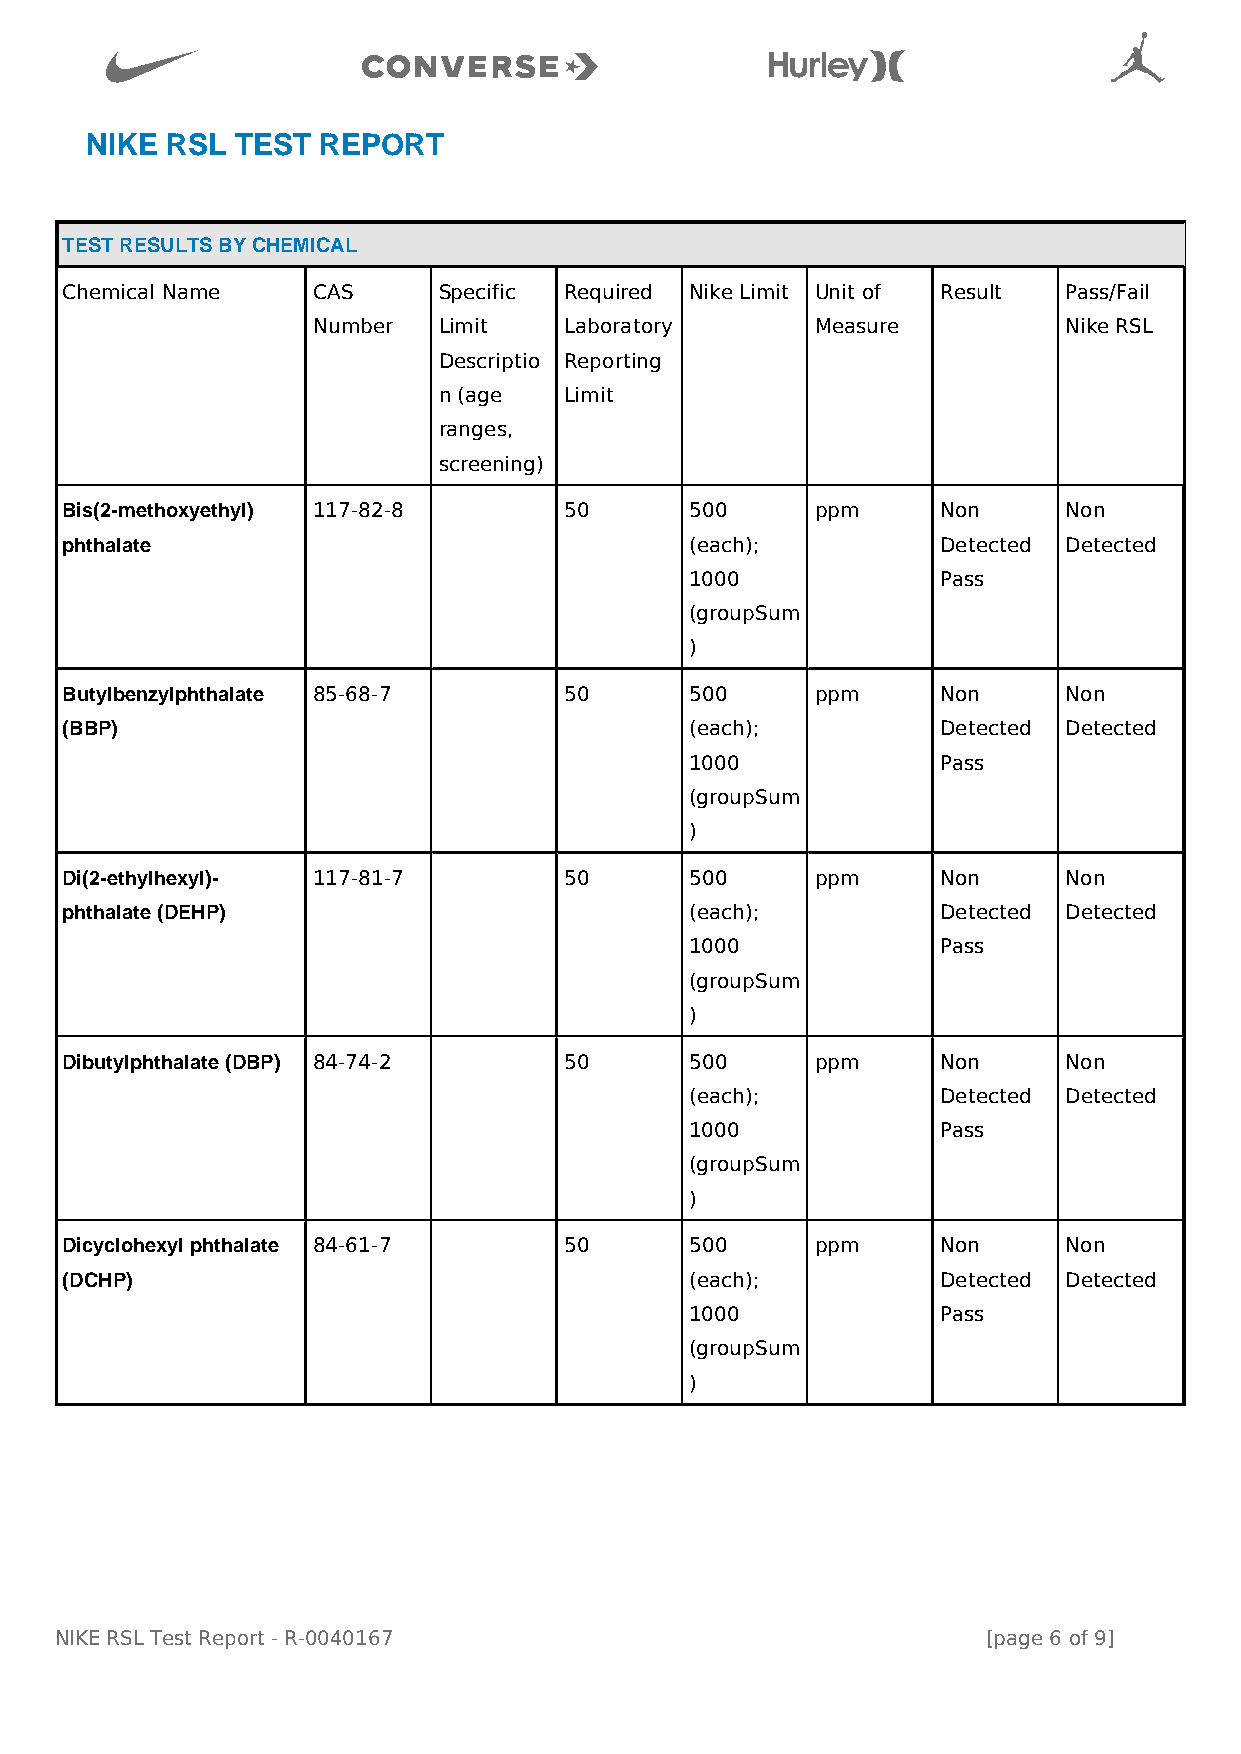

                                           
 NIKE RSL  TEST REPORT
 TEST RESULTS BY CHEMICAL
 Chemical Name    CAS     Specific Required Nike Limit Unit of Result Pass/Fail
 Number  Limit   Laboratory       Measure         Nike RSL
 Descriptio Reporting
 n (age  Limit
 ranges,
 screening)
 Bis(2-methoxyethyl) 117-82-8     50       500     ppm     Non     Non
 phthalate                                 (each);         Detected Detected
 1000            Pass
 (groupSum
 )
 Butylbenzylphthalate 85-68-7     50       500     ppm     Non     Non
 (BBP)                                     (each);         Detected Detected
 1000            Pass
 (groupSum
 )
 Di(2-ethylhexyl)- 117-81-7       50       500     ppm     Non     Non
 phthalate (DEHP)                          (each);         Detected Detected
 1000            Pass
 (groupSum
 )
 Dibutylphthalate (DBP) 84-74-2   50       500     ppm     Non     Non
 (each);         Detected Detected
 1000            Pass
 (groupSum
 )
 Dicyclohexyl phthalate 84-61-7   50       500     ppm     Non     Non
 (DCHP)                                    (each);         Detected Detected
 1000            Pass
 (groupSum
 )
 NIKE RSL Test Report - R-0040167                             [page 6 of 9]